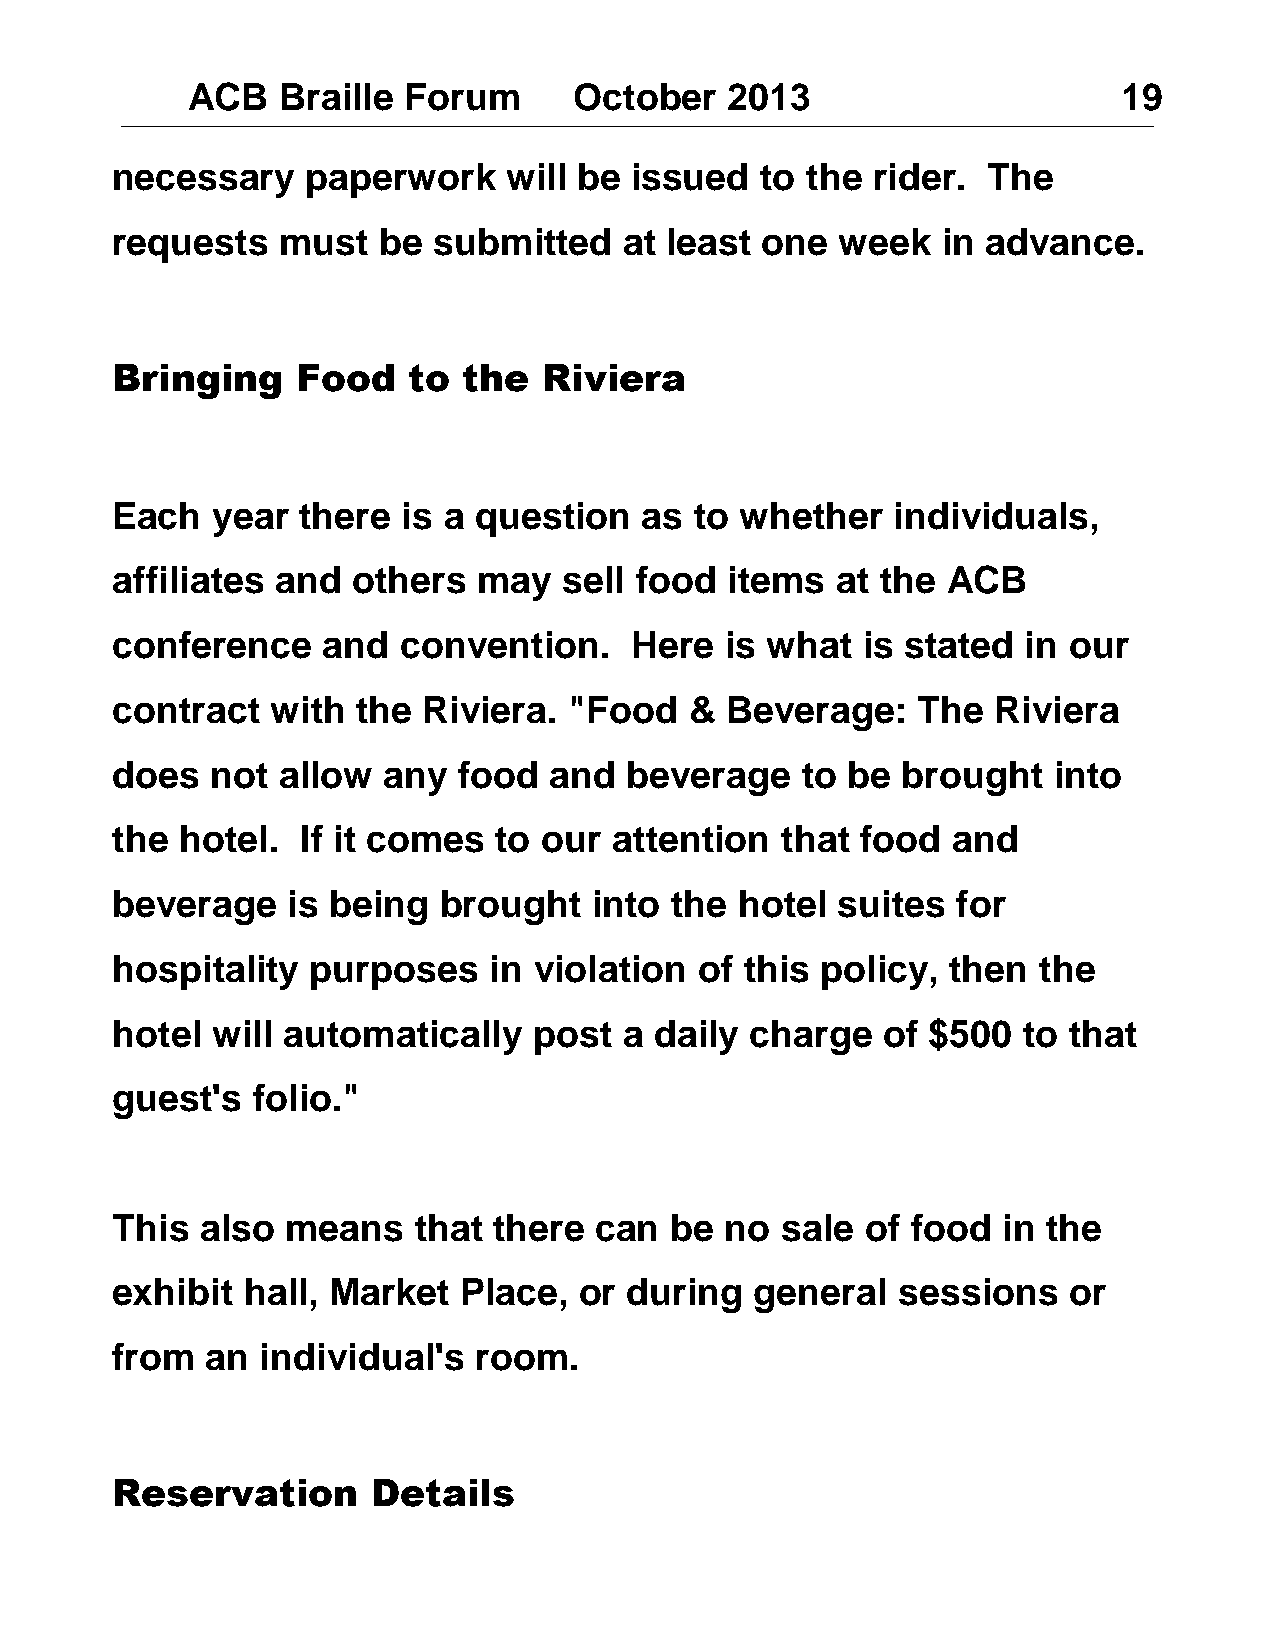
ACB   Braille  Forum      October   2013                      19
 necessary    paperwork     will be issued  to the  rider. The
 requests   must   be  submitted   at least one   week  in advance.
 Bringing     Food   to  the  Riviera
 Each   year  there  is a question   as to whether   individuals,
 affiliates and  others   may  sell food  items  at the  ACB
 conference    and  convention.     Here  is what  is stated  in our
 contract   with  the Riviera.  "Food   & Beverage:    The  Riviera
 does   not allow  any  food  and   beverage   to be  brought   into
 the  hotel.  If it comes  to our  attention  that food  and
 beverage    is being  brought   into the  hotel suites  for
 hospitality   purposes   in violation  of this policy,  then  the
 hotel  will automatically   post  a daily  charge  of  $500  to that
 guest's   folio."
 This  also  means   that  there can  be  no  sale of food  in the
 exhibit  hall, Market  Place,  or  during  general  sessions    or
 from   an individual's  room.
 Reservation       Details